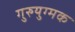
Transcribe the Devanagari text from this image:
गुरुयुग्मक